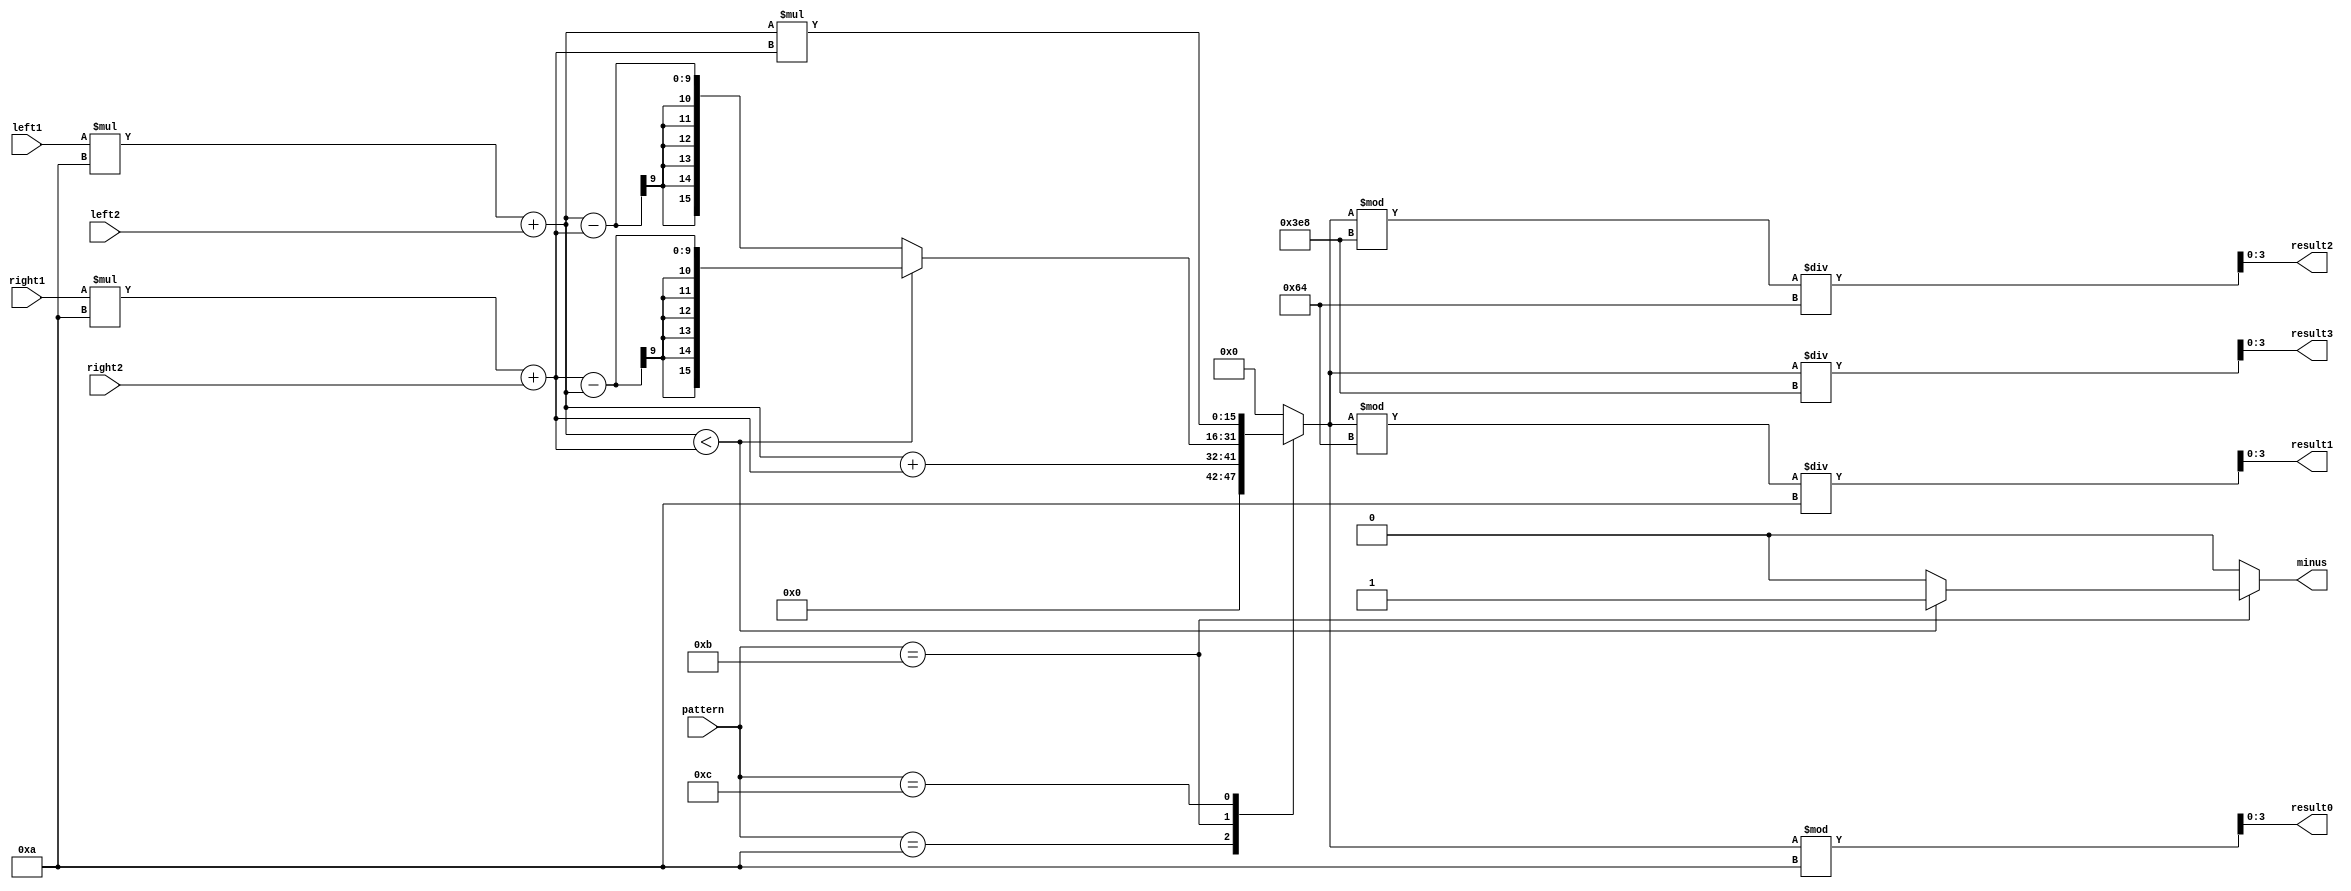
`timescale 1ns / 1ps
//////////////////////////////////////////////////////////////////////////////////
// Company: 
// Engineer: 
// 
// Design Name: 
// Module Name: calculator
// Project Name: 
// Target Devices: 
// Tool Versions: 
// Description: 
// 
// Dependencies: 
// 
// Revision:
// Revision 0.01 - File Created
// Additional Comments:
// 
//////////////////////////////////////////////////////////////////////////////////


module calculator(left1, left2, right1, right2, pattern, result3, result2, result1, result0, minus);
    input [3:0] left1;
    input [3:0] left2;
    input [3:0] right1;
    input [3:0] right2;
    input [3:0] pattern;
    output [3:0] result3;
    output [3:0] result2;
    output [3:0] result1;
    output [3:0] result0;
    output minus;
    
    reg [15:0] a;
    reg [15:0] b;
    reg [15:0] result;
    reg [3:0] result3;
    reg [3:0] result2;
    reg [3:0] result1;
    reg [3:0] result0;
    reg minus;
    
    always @* begin
        a = left1 * 10 + left2;
        b = right1 * 10 + right2;
    end
    
    always @* begin
        case(pattern)
            4'b1010: begin result = a + b; minus = 1'b0;end
            4'b1011: begin
                        if(a < b) begin
                            result = b - a;
                            minus = 1'b1;
                        end
                        else begin
                            result = a - b;
                            minus = 1'b0;
                        end
                    end
            4'b1100: begin result = a * b; minus = 1'b0; end
            default: begin result = 16'd0; minus = 1'b0; end
        endcase
    end
    
    always @* begin
        result3 = result / 1000;
        result2 = (result % 1000) / 100;
        result1 = (result % 100) / 10;
        result0 = result % 10;
    end
endmodule